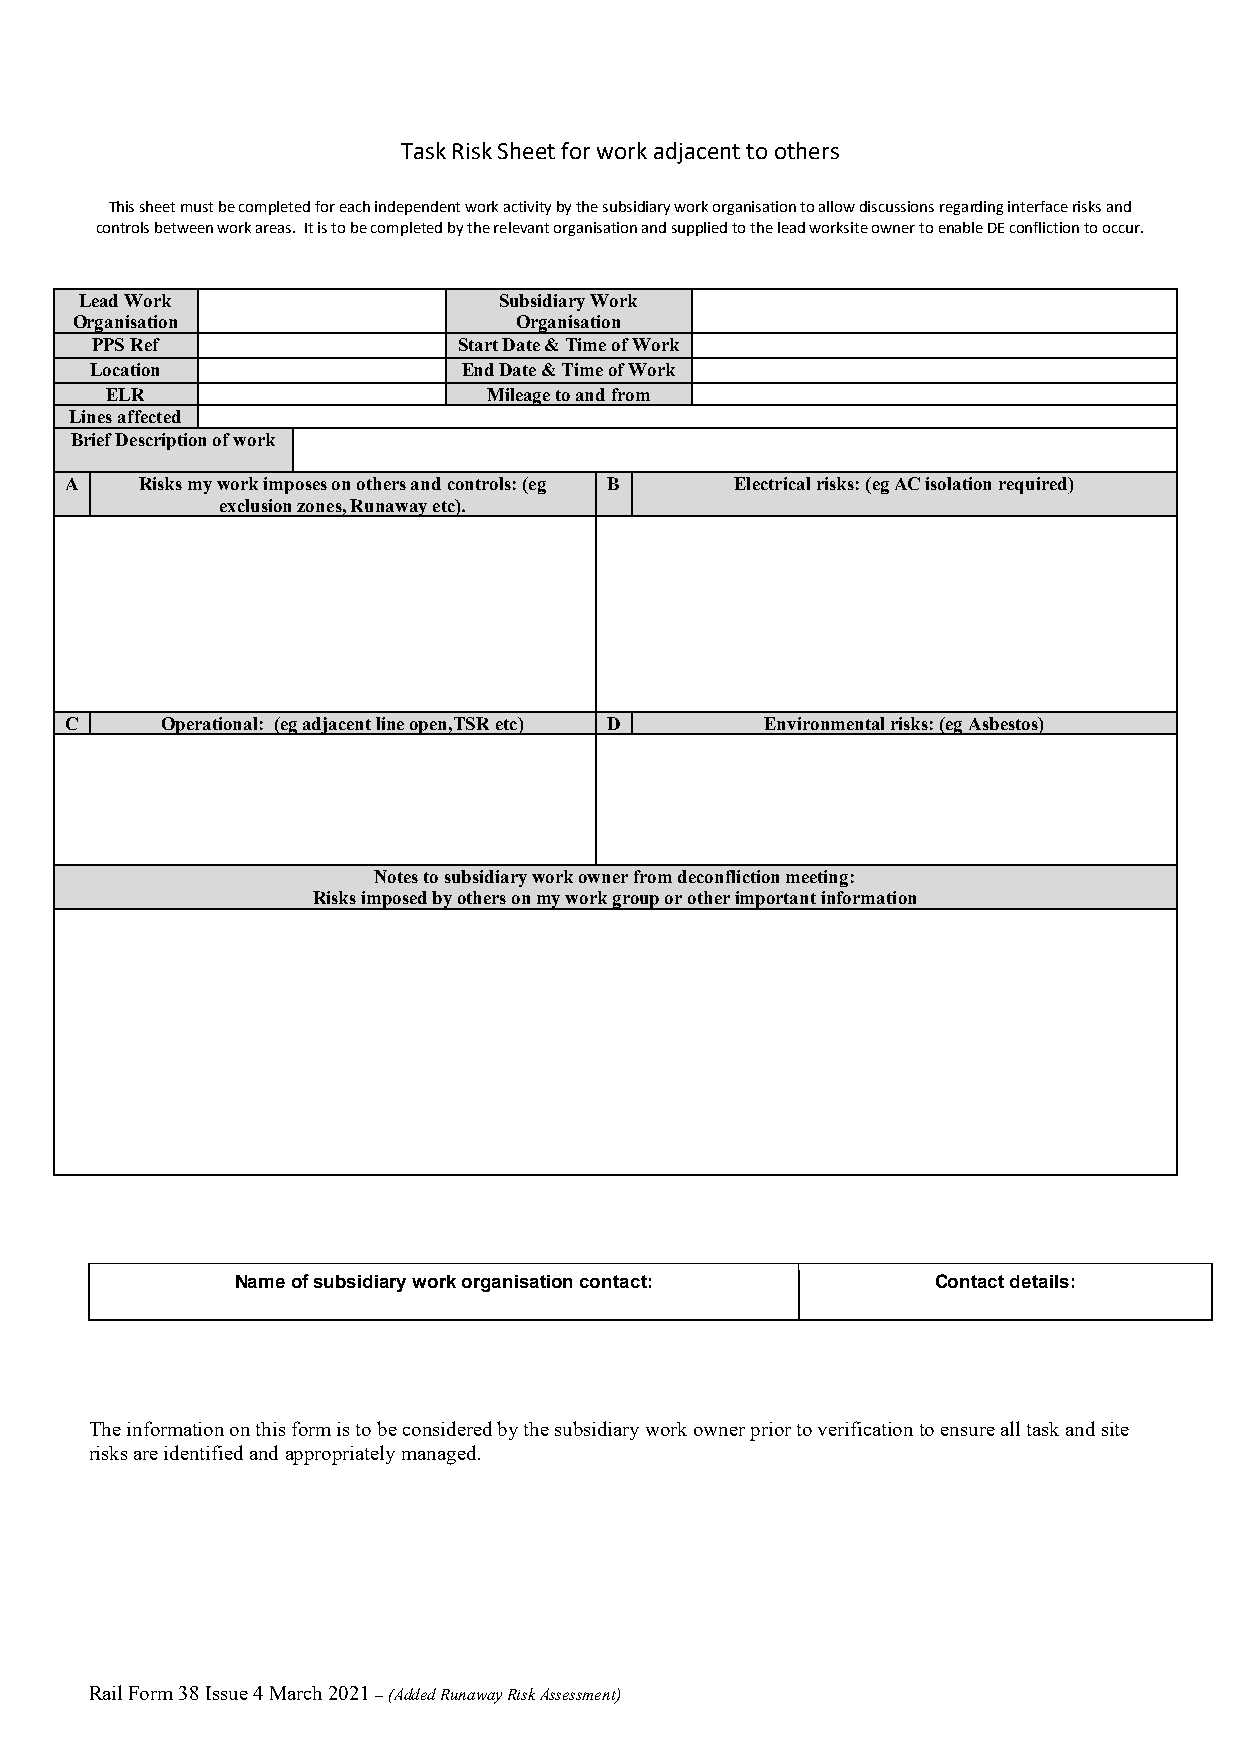
Task Risk Sheet for work adjacent to others
 This sheet must be completed for each independent work activity by the subsidiary work organisation to allow discussions regarding interface risks and
 controls between work areas. It is to be completed by the relevant organisation and supplied to the lead worksite owner to enable DE confliction to occur.
 Lead Work                   Subsidiary Work
 Organisation                 Organisation
 PPS Ref                 Start Date & Time of Work
 Location                 End Date & Time of Work
 ELR                      Mileage to and from
 Lines affected
 Brief Description of work
 A    Risks my work imposes on others and controls: (eg B Electrical risks: (eg AC isolation required)
 exclusion zones, Runaway etc).
 C      Operational: (eg adjacent line open,TSR etc) D Environmental risks: (eg Asbestos)
 Notes to subsidiary work owner from deconfliction meeting:
 Risks imposed by others on my work group or other important information
 Name of subsidiary work organisation contact: Contact details:
 The information on this form is to be considered by the subsidiary work owner prior to verification to ensure all task and site
 risks are identified and appropriately managed.
 Rail Form 38 Issue 4 March 2021 – (Added Runaway Risk Assessment)